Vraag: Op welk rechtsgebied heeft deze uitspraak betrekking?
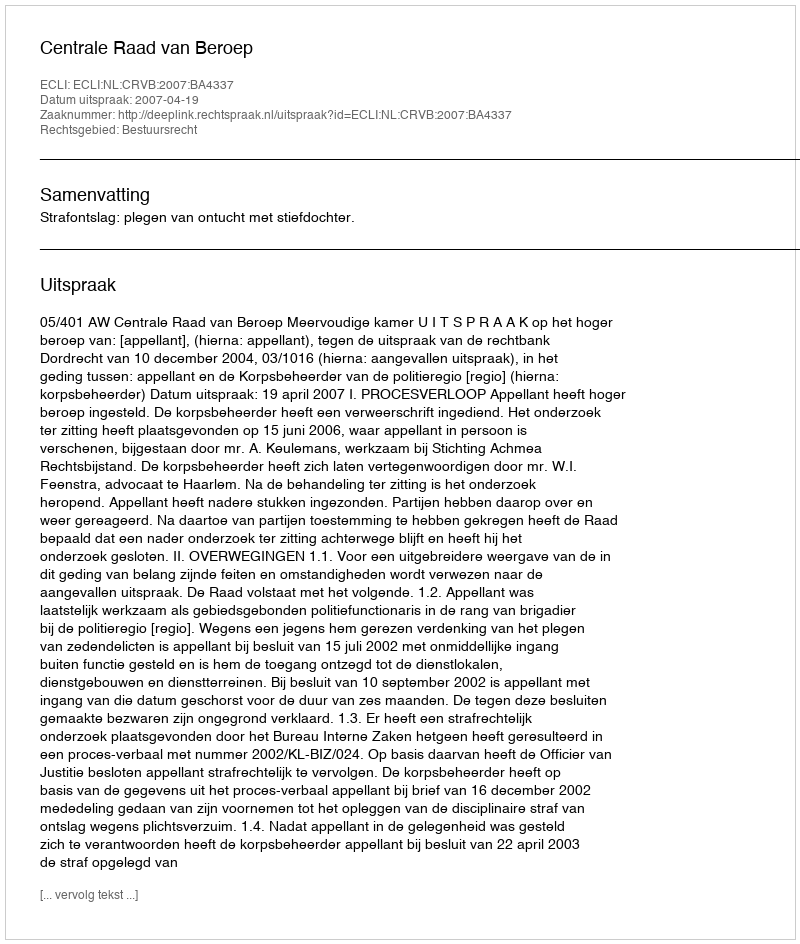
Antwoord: Bestuursrecht